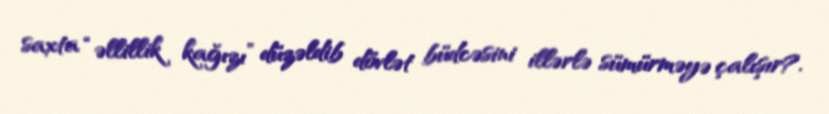
saxta “əllillik kağızı” düzəldib dövlət büdcəsini illərlə sümürməyə çalışır?.